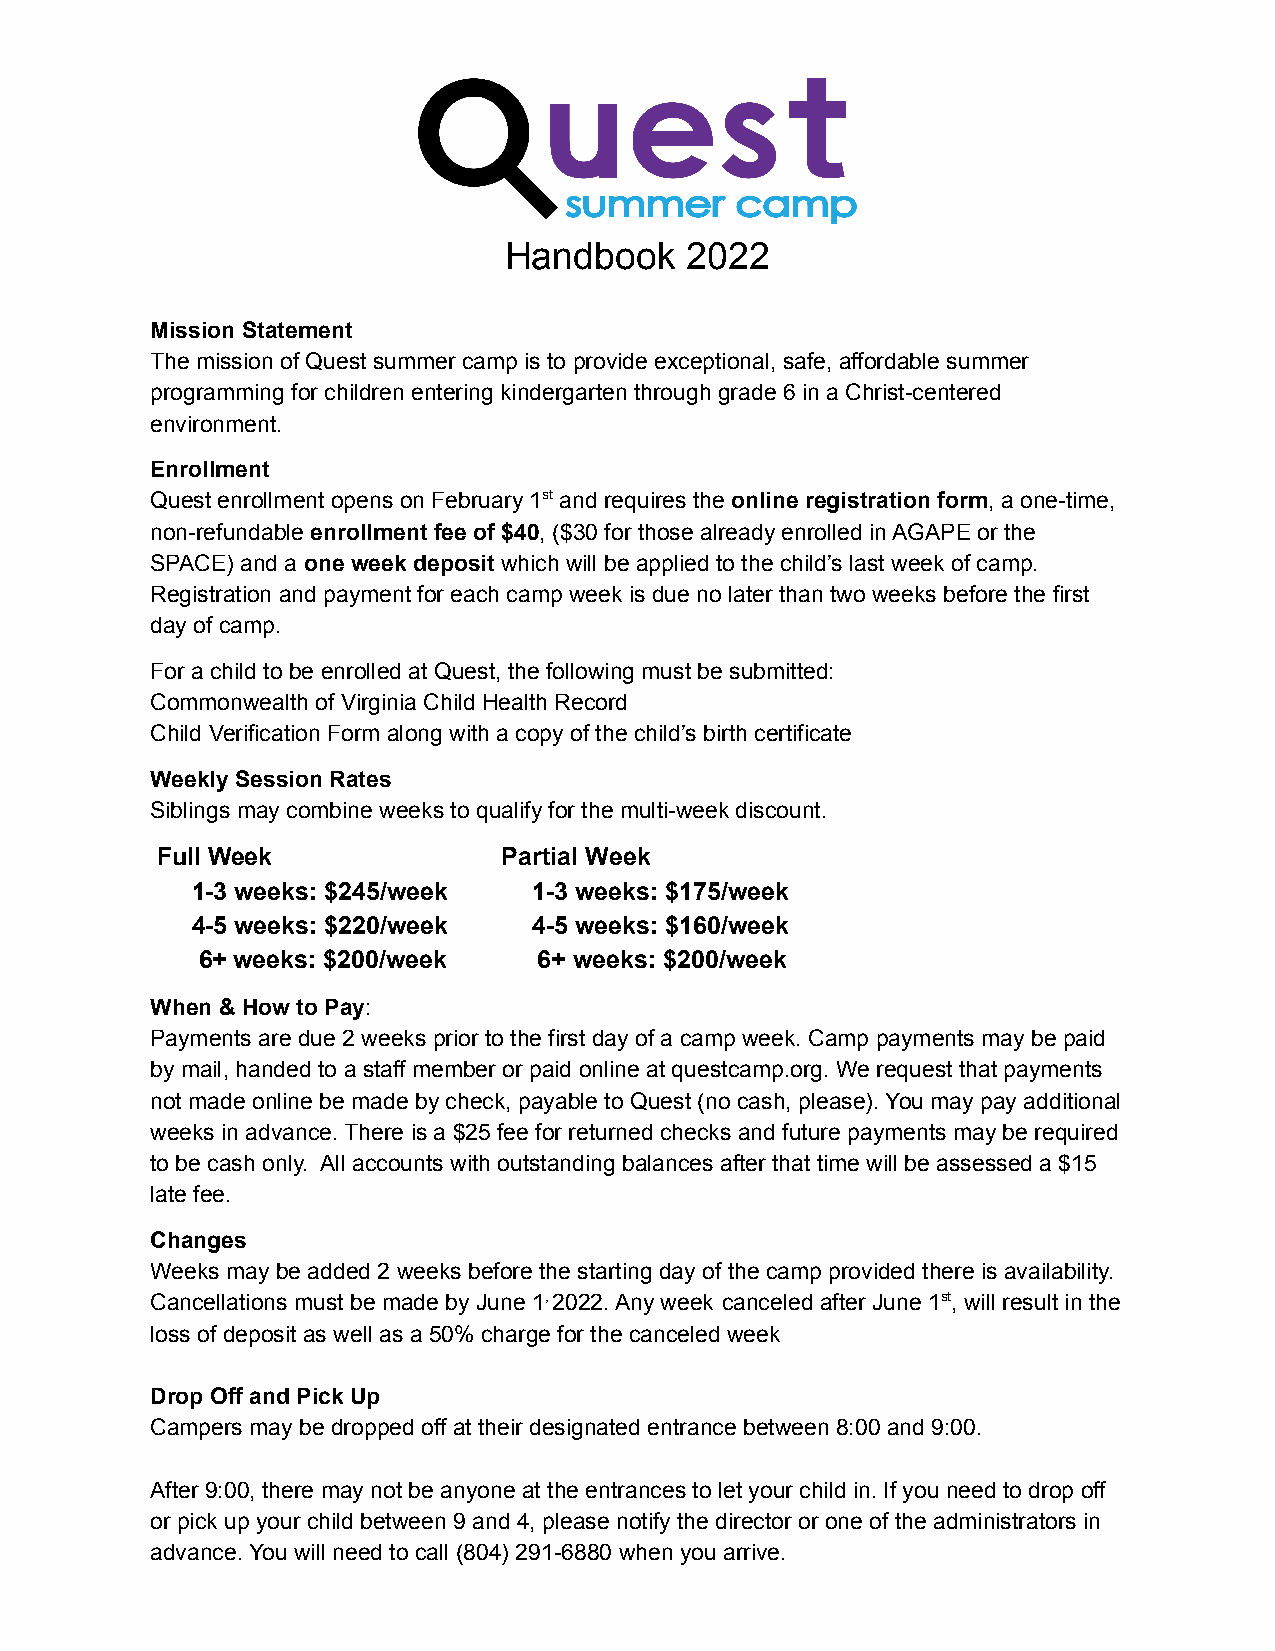
Handbook    2022
 Mission Statement
 The mission of Quest summer camp is to provide exceptional, safe, affordable summer
 programming for children entering kindergarten through grade 6 in a Christ-centered
 environment.
 Enrollment
 Quest enrollment opens on February 1st and requires the online registration form, a one-time,
 non-refundable enrollment fee of $40, ($30 for those already enrolled in AGAPE or the
 SPACE) and a one week deposit which will be applied to the child’s last week of camp.
 Registration and payment for each camp week is due no later than two weeks before the first
 day of camp.
 For a child to be enrolled at Quest, the following must be submitted:
 Commonwealth of Virginia Child Health Record
 Child Verification Form along with a copy of the child’s birth certificate
 Weekly Session Rates
 Siblings may combine weeks to qualify for the multi-week discount.
 Full Week              Partial Week
 1-3 weeks: $245/week  1-3 weeks: $175/week
 4-5 weeks: $220/week  4-5 weeks: $160/week
 6+ weeks: $200/week    6+ weeks: $200/week
 When & How to Pay:
 Payments are due 2 weeks prior to the first day of a camp week. Camp payments may be paid
 by mail, handed to a staff member or paid online at questcamp.org. We request that payments
 not made online be made by check, payable to Quest (no cash, please). You may pay additional
 weeks in advance. There is a $25 fee for returned checks and future payments may be required
 to be cash only. All accounts with outstanding balances after that time will be assessed a $15
 late fee.
 Changes
 Weeks may be added 2 weeks before the starting day of the camp provided there is availability.
 Cancellations must be made by June 1,2022. Any week canceled after June 1st, will result in the
 loss of deposit as well as a 50% charge for the canceled week
 Drop Off and Pick Up
 Campers may be dropped off at their designated entrance between 8:00 and 9:00.
 After 9:00, there may not be anyone at the entrances to let your child in. If you need to drop off
 or pick up your child between 9 and 4, please notify the director or one of the administrators in
 advance. You will need to call (804) 291-6880 when you arrive.